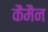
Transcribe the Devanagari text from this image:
कैमैन